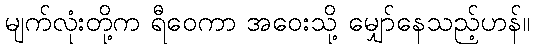
မျက်လုံးတို့က ရီဝေကာ အဝေးသို့ မျှော်နေသည့်ဟန်။